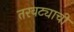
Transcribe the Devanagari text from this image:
तरवट्याची